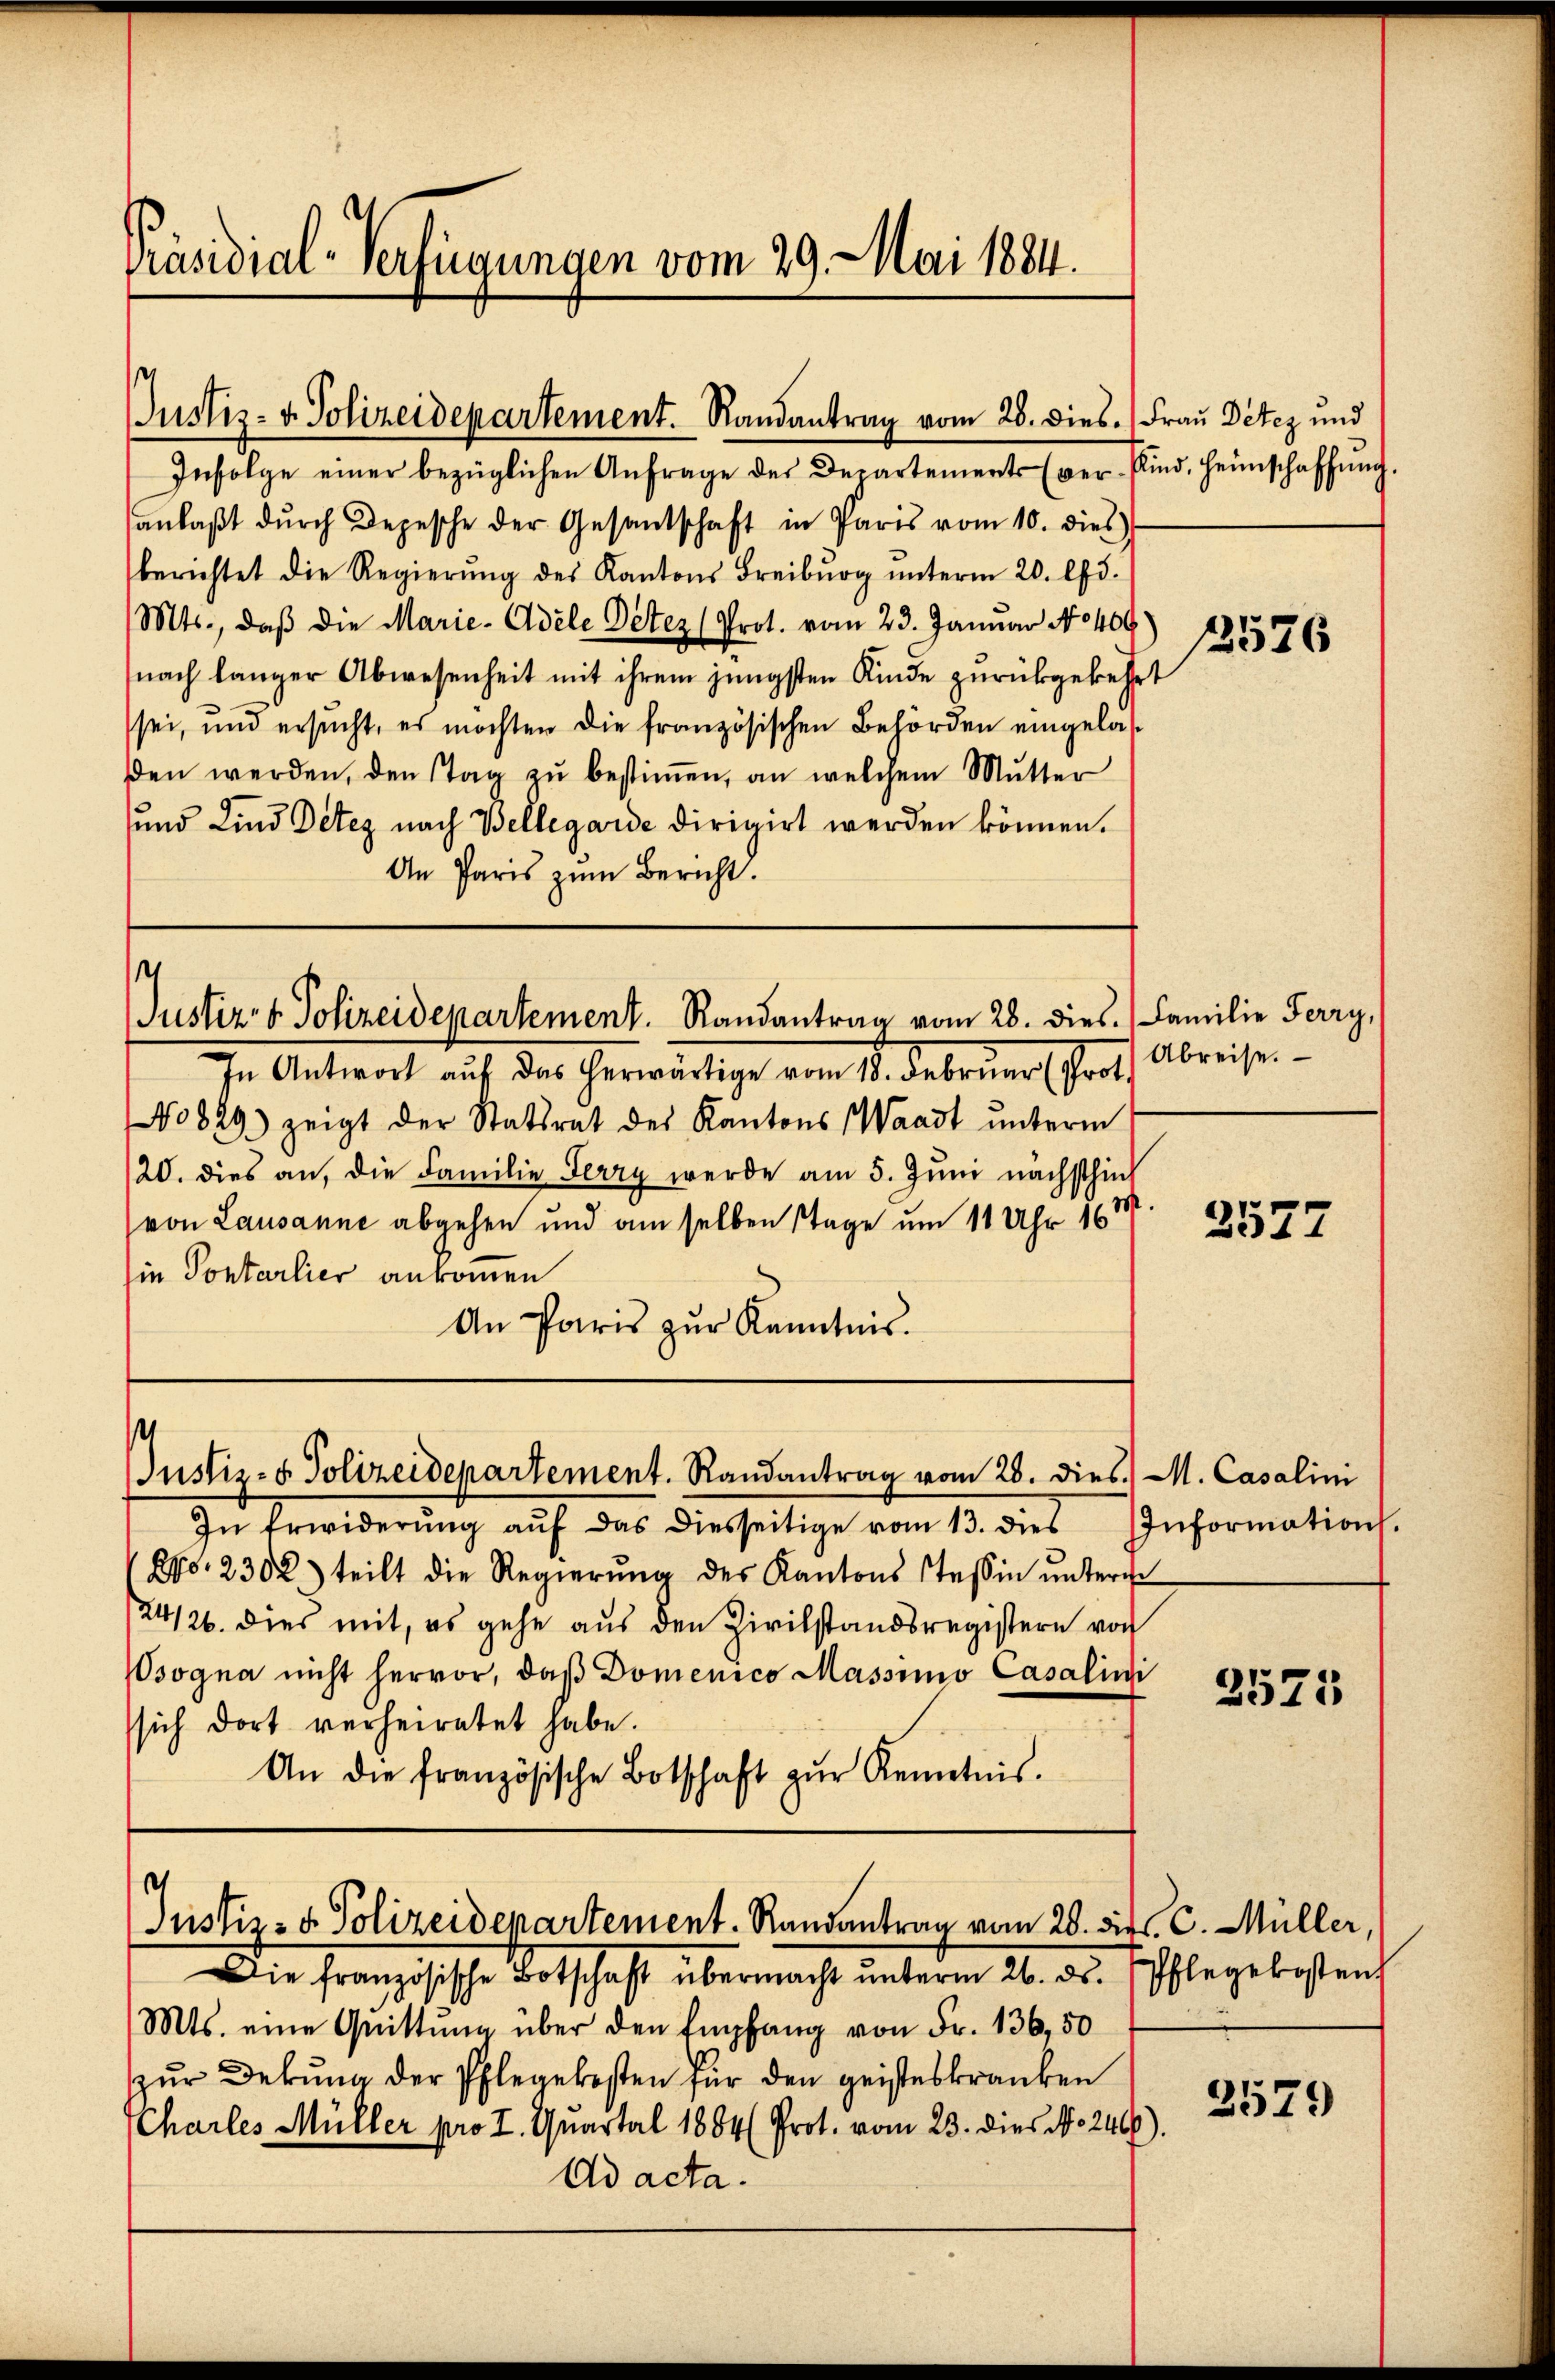
Präsidial-Verfügungen vom 29. Mai 1884.

Infolge einer bezüglichen Anfrage des Departements (verfind. Heimschaffŭng.
anlaβt dŭrch Depesche der Gesandschaft in Paris vom 10. dies
berichtet die Regierŭng des Kantons Freibŭrg ŭnterm 20. Apr.
Mts., daß die Marie-Adele Detez (Prot. vom 23. Januar No 400
(nach länger Abwesenheit mit ihrem jüngsten Kinde zurückgekehrt
sei, und ersucht, es möchten die französischen Behörden eingelasden werden, den stag zŭ bestiṁen, an welchem Mutter
und Kind Deteg nach Wellegarde dirigirt werden können.
An Paris zŭm Bericht.

Justiz- u. Polizeidepartement. Randantrag vom 28. dies. Frau Detez und

¬
Justiz- & Polizeidepartement. Randantrag vom 28. dies. (Familie Ferry,

In Antwort auf das herwärtige vom 15. Febrŭar (Prof. Abreise.
No829) zeigt der Statsrat des Kantons Waadt unterm
20. dies an, die Familie Ferry werde am 5. Juni nachsthiel
von Lausanne abgehen und am selben Tage um 11 Uhr 184
ie Pontarlier ankommen
An Paris zŭr Kenntnis.
In Erwiderŭng aŭf das diesseitige vom 13. dies
po. 2302) teilt die Regierŭng des Kantons Tessin ŭnterge
/24/26. dies mit, es gehe aus den Zivilstandsregistern von
Wsogna nicht hervor, daβ Domenico Massimo Casalini
sich dort verheiratet habe.
An die französische Botschaft zŭr Kenntnis.
Justiz- & Polizeidepartement. Randantrag vom 28. die C. Müller,
Die französische Botschaft übermacht ŭnterm 26. ds. Pflegekosten,
Mts. eine Quittŭng über den Empfang von Fr. 136,50
zur Dekung der Pflegekosten für den geisteskranken
Charles Müller pro I. Quartal 1884 (Prot. vom 23. dies N. 246
Ad acta.

¬
Justiz- & Polizeidepartement. Randantrag vom 28. dies. M. Casalini

.

12526

2577

Information.

2575

2579